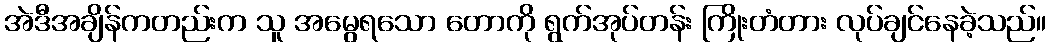
အဲဒီအချိန်ကတည်းက သူ အမွေရသော တောကို ရွက်အုပ်တန်း ကြိုးတံတား လုပ်ချင်နေခဲ့သည်။